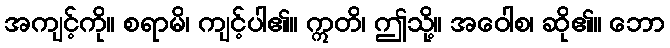
အကျင့်ကို။ စရာမိ၊ ကျင့်ပါ၏။ ဣတိ၊ ဤသို့။ အဝေါစ၊ ဆို၏။ ဘော